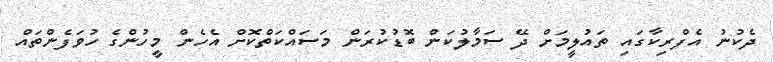
ދެކުނު އެފްރިކާގައި ތައުލީމަށް ދޭ ސަމާލުކަން ބޮޑުކުރަން މަސައްކަތްކޮށް އެހެން މީހުންގެ ހުވަފެންތައް